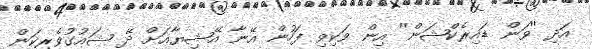
އަދި ''ވަން ޑައިރެކްޝަން'' އިން ވަކިވި ފަހުން އޭނާ އޭޝިޔާއަށް ދޭ ޝައުގުވެރިކަން